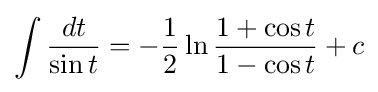
\int {\frac {dt}{\sin t}}=-{\frac {1}{2}}\ln {\frac {1+\cos t}{1-\cos t}}+c